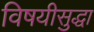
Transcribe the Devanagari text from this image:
विषयीसुद्धा